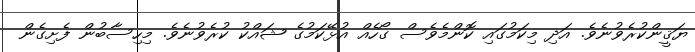
ޔަޤީންކުރެވުނެވެ. އަދި މިކަމުގައި ކޮންމެވެސް ގޯހެއް އުޅޭކަމުގެ ޝައްކު ކުރެވުނެވެ. މިހިސާބުން ފެށިގެން